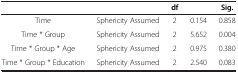
<table><thead><tr><td colspan="2">[EMPTY_CELL]</td><td><b>df</b></td><td>[EMPTY_CELL]</td><td><b>Sig.</b></td></tr></thead><tbody><tr><td>Time</td><td>Sphericity Assumed</td><td>2</td><td>0.154</td><td>0.858</td></tr><tr><td>Time * Group</td><td>Sphericity Assumed</td><td>2</td><td>5.652</td><td>0.004</td></tr><tr><td>Time * Group * Age</td><td>Sphericity Assumed</td><td>2</td><td>0.975</td><td>0.380</td></tr><tr><td>Time * Group * Education</td><td>Sphericity Assumed</td><td>2</td><td>2.540</td><td>0.083</td></tr></tbody></table>